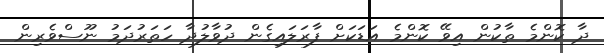
ދާ ކޮންމެ ތާކުން އިވޭ ކޮންމެ އަޑަކަށް ފާރަލައިގެން ދުވާލުދާ ހަތަރުދަމު ނޫސްވެރިން